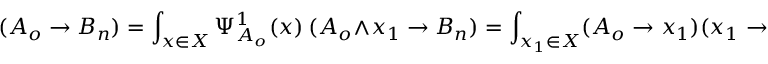
( A _ { o } \rightarrow B _ { n } ) = \int _ { x \in X } \Psi _ { A _ { o } } ^ { 1 } ( x ) \ ( A _ { o } \wedge x _ { 1 } \rightarrow B _ { n } ) = \int _ { x _ { 1 } \in X } ( A _ { o } \rightarrow x _ { 1 } ) ( x _ { 1 } \rightarrow B _ { n } )